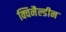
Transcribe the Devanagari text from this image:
क्विनैल्डीन